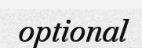
optional